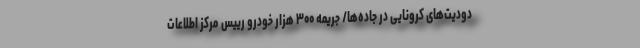
دودیت‌های کرونایی در جاده‌ها/ جریمه ۳۰۰ هزار خودرو رییس مرکز اطلاعات